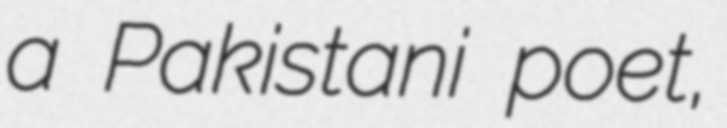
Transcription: a Pakistani poet,